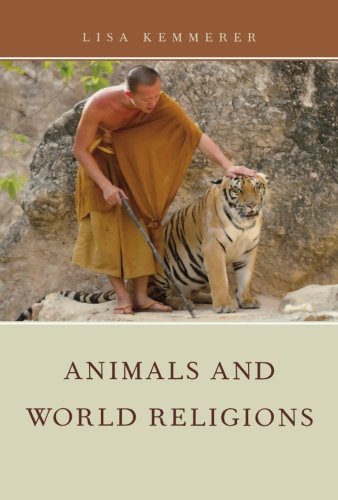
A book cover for Animals and World Religions; Lisa Kemmerer; Science & Math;